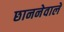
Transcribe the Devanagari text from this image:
छाननेवाले